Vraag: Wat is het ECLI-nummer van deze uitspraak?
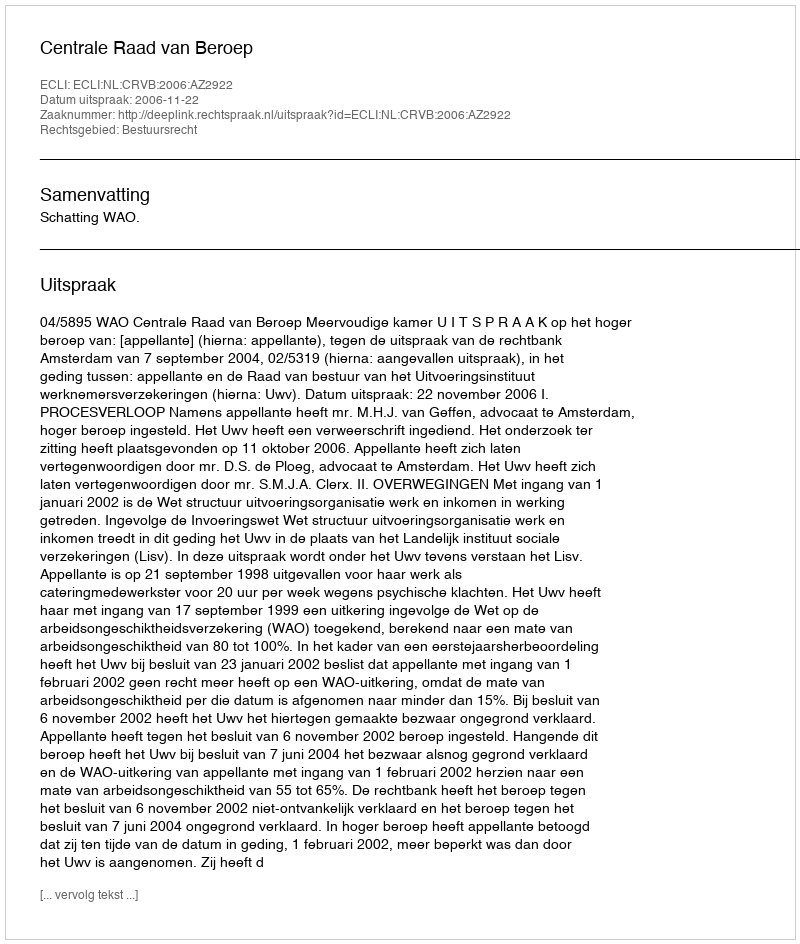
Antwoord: ECLI:NL:CRVB:2006:AZ2922